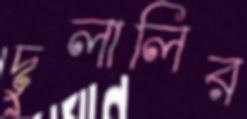
দুলালির